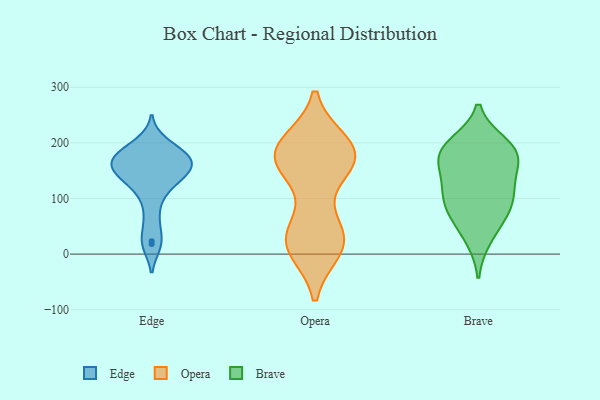
{"axis": {"x": "Tickets Resolved", "y": "Value"}, "legend": ["Brave", "Edge", "Opera"], "data": [{"x": "", "y": 159, "type": "Edge"}, {"x": "", "y": 177, "type": "Edge"}, {"x": "", "y": 168, "type": "Edge"}, {"x": "", "y": 23, "type": "Edge"}, {"x": "", "y": 142, "type": "Edge"}, {"x": "", "y": 199, "type": "Edge"}, {"x": "", "y": 128, "type": "Edge"}, {"x": "", "y": 102, "type": "Edge"}, {"x": "", "y": 18, "type": "Edge"}, {"x": "", "y": 165, "type": "Edge"}, {"x": "", "y": 64, "type": "Edge"}, {"x": "", "y": 166, "type": "Edge"}, {"x": "", "y": 188, "type": "Edge"}, {"x": "", "y": 137, "type": "Edge"}, {"x": "", "y": 144, "type": "Edge"}, {"x": "", "y": 174, "type": "Edge"}, {"x": "", "y": 182, "type": "Opera"}, {"x": "", "y": 162, "type": "Opera"}, {"x": "", "y": 185, "type": "Opera"}, {"x": "", "y": 176, "type": "Opera"}, {"x": "", "y": 19, "type": "Opera"}, {"x": "", "y": 20, "type": "Opera"}, {"x": "", "y": 24, "type": "Opera"}, {"x": "", "y": 174, "type": "Opera"}, {"x": "", "y": 164, "type": "Opera"}, {"x": "", "y": 11, "type": "Opera"}, {"x": "", "y": 198, "type": "Opera"}, {"x": "", "y": 30, "type": "Opera"}, {"x": "", "y": 30, "type": "Opera"}, {"x": "", "y": 37, "type": "Opera"}, {"x": "", "y": 182, "type": "Opera"}, {"x": "", "y": 195, "type": "Opera"}, {"x": "", "y": 154, "type": "Opera"}, {"x": "", "y": 197, "type": "Brave"}, {"x": "", "y": 29, "type": "Brave"}, {"x": "", "y": 184, "type": "Brave"}, {"x": "", "y": 139, "type": "Brave"}, {"x": "", "y": 62, "type": "Brave"}, {"x": "", "y": 179, "type": "Brave"}, {"x": "", "y": 125, "type": "Brave"}, {"x": "", "y": 84, "type": "Brave"}, {"x": "", "y": 103, "type": "Brave"}, {"x": "", "y": 173, "type": "Brave"}, {"x": "", "y": 186, "type": "Brave"}, {"x": "", "y": 92, "type": "Brave"}]}